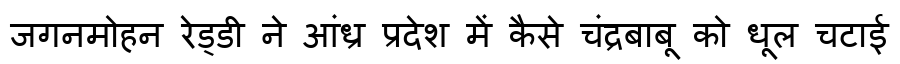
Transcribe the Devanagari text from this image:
जगनमोहन रेड्डी ने आंध्र प्रदेश में कैसे चंद्रबाबू को धूल चटाई